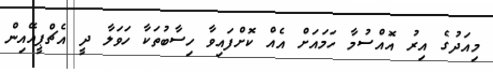
މިއަދުގެ އިރު އޮއްސުމާ ހަމައަށް އެއް ކޮށްފައިވާ ހިސާބުތަކާ ހަވަލާ ދީ އެޗްޕީއޭއިން